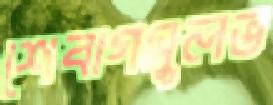
শেবাগসুলভ